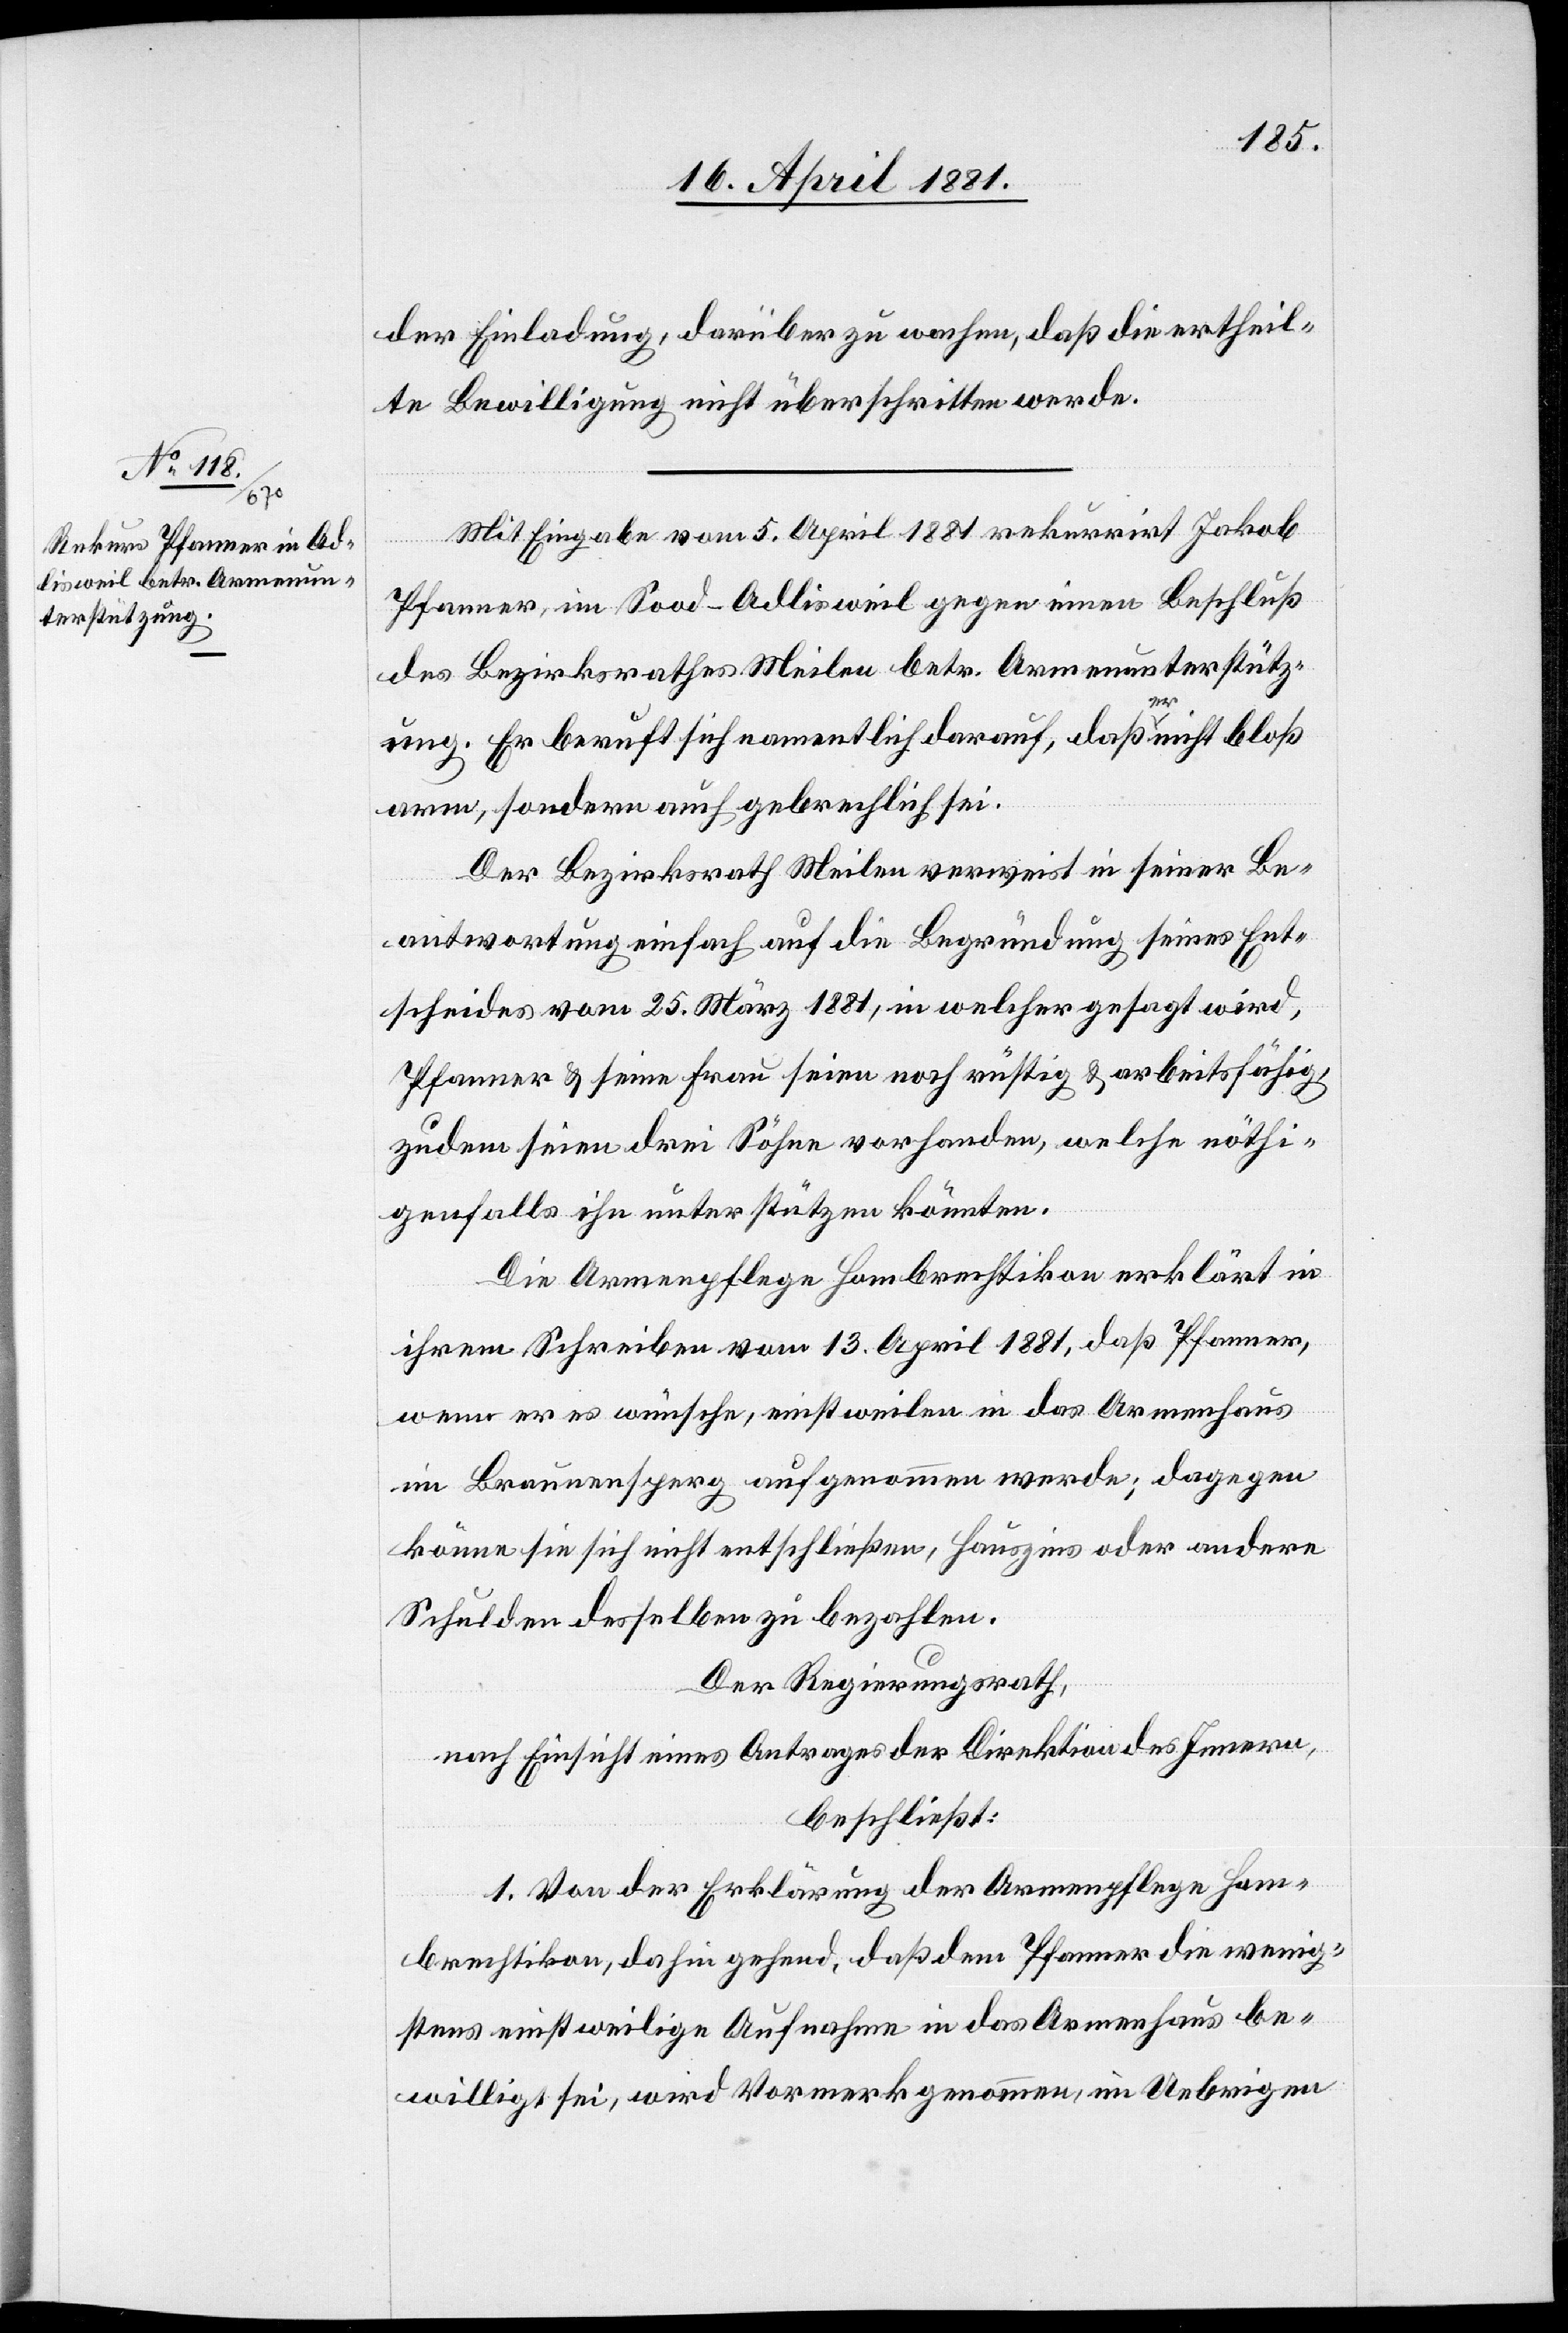
der Einladung, darüber zu wachen, daß die ertheil¬
te Bewilligung nicht überschritten werde.
Mit Eingabe vom 5. April 1881 rekurrirt Jakob
Pfanner, in Sood - Adlisweil gegen einen Beschluß
des Bezirksrathes Meilen betr. Armenunterstütz¬
ung. Er beruft sich namentlich darauf, daß er nicht bloß
arm, sondern auch gebrechlich sei.
Der Bezirksrath Meilen verweist in seiner Be¬
antwortung einfach auf die Begründung seines Ent¬
scheides vom 25. März 1881, in welcher gesagt wird,
Pfanner & seine Frau seien noch rüstig & arbeitsfähig,
zudem seien drei Söhne vorhanden, welche nöthi¬
genfalls ihn unterstützen könnten.
Die Armenpflege Hombrechtikon erklärt in
ihrem Schreiben vom 13. April 1881, daß Pfanner,
wenn er es wünsche, einstweilen in das Armenhaus
im Braunensperg aufgenommen werde; dagegen
könne sie sich nicht entschließen, Hauszins oder andere
Schulden desselben zu bezahlen.
Der Regierungsrath,
nach Einsicht eines Antrages der Direktion des Innern,
beschließt:
1. Von der Erklärung der Armenpflege Hom¬
brechtikon, dahin gehend, daß dem Pfanner die wenig¬
stens einstweilige Aufnahme in das Armenhaus be¬
willigt sei, wird Vormerk genommen, im Uebrigen